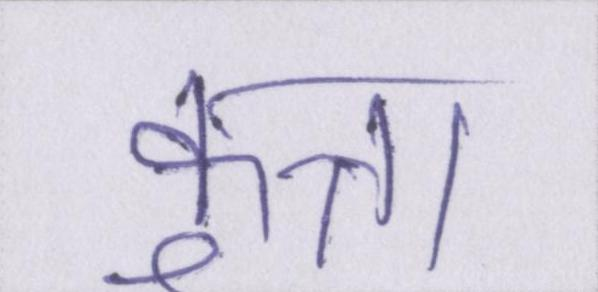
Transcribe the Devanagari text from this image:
कुत्ता